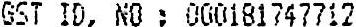
GST ID, NO : 000181747712